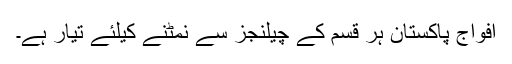
افواج پاکستان ہر قسم کے چیلنجز سے نمٹنے کیلئے تیار ہے۔